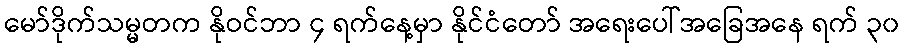
မော်ဒိုက်သမ္မတက နိုဝင်ဘာ ၄ ရက်နေ့မှာ နိုင်ငံတော် အရေးပေါ်အခြေအနေ ရက် ၃၀